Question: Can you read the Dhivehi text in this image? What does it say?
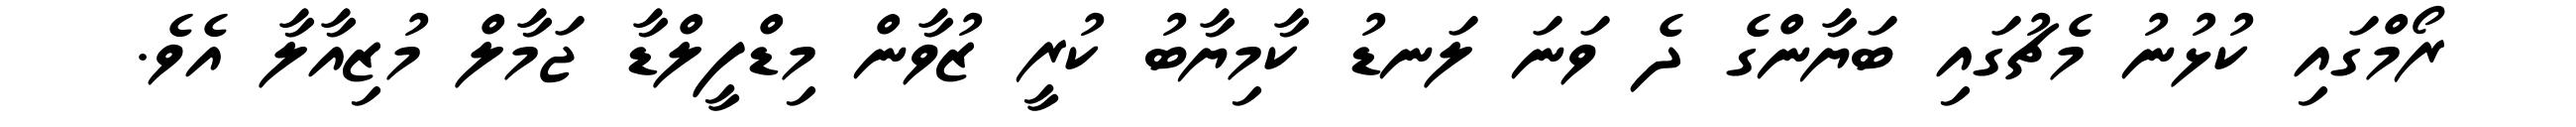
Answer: ރޯމްގައި ކުޅުނު މެޗުގައި ބަޔާންގެ ދެ ވަނަ ލަނޑު ކާމިޔާބު ކުރީ ޒުވާން މިޑްފީލްޑާ ޖަމާލް މުޒިއާލާ އެވެ.